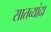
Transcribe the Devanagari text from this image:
सातव्यांदा